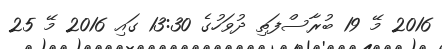
2016 މޭ 19 ބުރާސްފަތި ދުވަހުގެ 13:30 ގައި 2016 މޭ 25